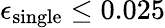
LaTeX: \epsilon_{\mathrm{single}}\leq 0.025